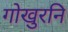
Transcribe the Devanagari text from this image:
गोखुरनि